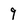
Character: 9